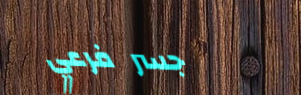
جسر فرعي